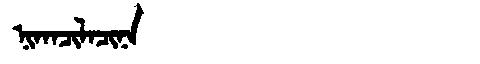
Manchu: ᠨᡳᡴᠠᠴᡳᠯᠠᠴᡳᠨᠠ
Romanization: NIKACILACINA